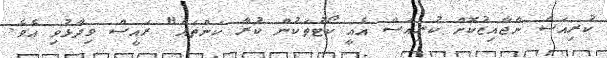
ކުރިއަސް ނާޖާއިޒުކޮށް ކުރިއަސް އެއީ ކޯޓުތަކުން ކުރާ ކަންތައް" ރައީސް ވިދާޅުވި އެވެ.